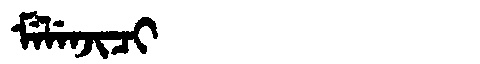
Manchu: ᠮᡝᠯᡝᠨᠵᡳᠴᡳ
Romanization: MELENJICI